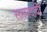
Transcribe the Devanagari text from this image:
सप्तपदाची